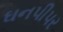
ઘનપીપર